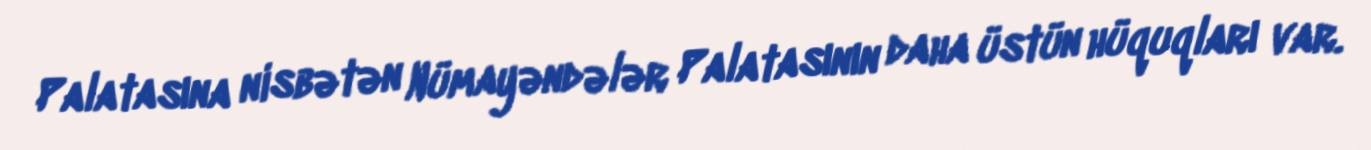
Palatasına nisbətən Nümayəndələr Palatasının daha üstün hüquqları var.